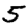
Digit: 5